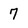
Character: 7